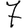
Digit: 7